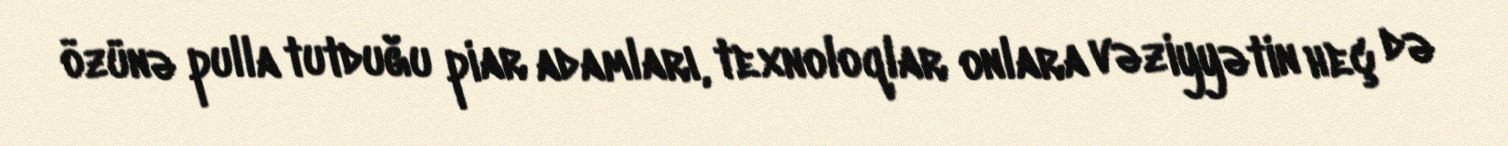
özünə pulla tutduğu piar adamları, texnoloqlar onlara vəziyyətin heç də